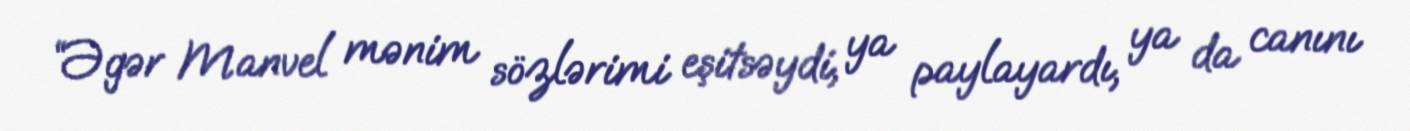
“Əgər Manvel mənim sözlərimi eşitsəydi, ya paylayardı, ya da canını